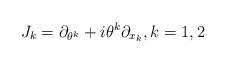
LaTeX: \begin{align*}J_k=\partial_{\theta^k}+i\theta^k\partial_{x_k},k=1,2\end{align*}